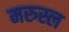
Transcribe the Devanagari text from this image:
मरुस्ल